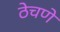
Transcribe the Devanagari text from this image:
ठेचणे